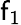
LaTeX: \mathsf{f}_{1}